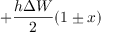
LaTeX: + { \frac { h \Delta W } { 2 } } ( 1 \pm x )